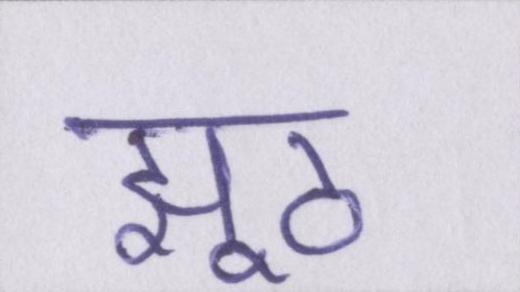
झूठ